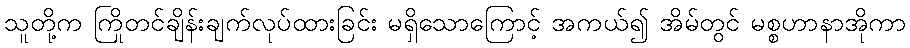
သူတို့က ကြိုတင်ချိန်းချက်လုပ်ထားခြင်း မရှိသောကြောင့် အကယ်၍ အိမ်တွင် မစ္စဟာနာအိုကာ